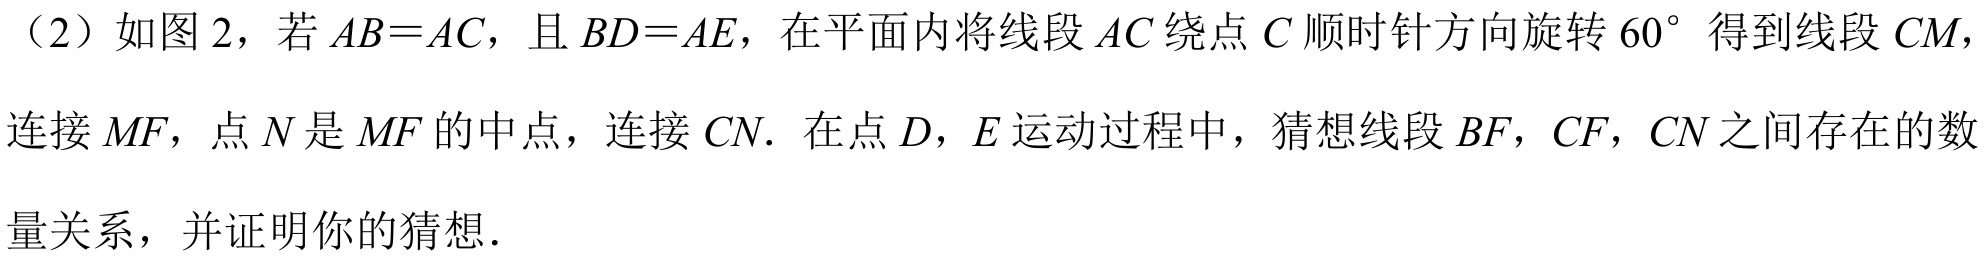
（2）如图 2，若 \(AB = AC\)，且 \(BD = AE\)，在平面内将线段 \(AC\) 绕点 \(C\) 顺时针方向旋转 \(60^{\circ}\) 得到线段 \(CM\)，
连接 \(MF\)，点 \(N\) 是 \(MF\) 的中点，连接 \(CN\). 在点 \(D\)，\(E\) 运动过程中，猜想线段 \(BF\)，\(CF\)，\(CN\) 之间存在的数
量关系，并证明你的猜想.